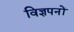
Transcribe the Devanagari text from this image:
विज्ञपनों